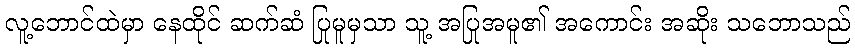
လူ့ဘောင်ထဲမှာ နေထိုင် ဆက်ဆံ ပြုမူမှသာ သူ့ အပြုအမူ၏ အကောင်း အဆိုး သဘောသည်